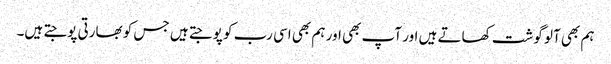
ہم بھی آلو گوشت کھاتے ہیں اور آپ بھی اور ہم بھی اسی رب کو پوجتے ہیں جس کو بھارتی پوجتے ہیں۔